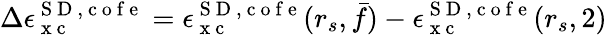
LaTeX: \Delta\epsilon_{\mathrm{~x~c~}}^{{\mathrm{~S~D~}},\mathrm{~c~o~f~e~}}=\epsilon_{\mathrm{~x~c~}}^{{\mathrm{~S~D~}},\mathrm{~c~o~f~e~}}(r_{s},\bar{f})-\epsilon_{\mathrm{~x~c~}}^{{\mathrm{~S~D~}},\mathrm{~c~o~f~e~}}(r_{s},2)